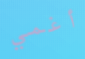
أغمي